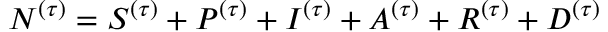
N ^ { ( \tau ) } = S ^ { ( \tau ) } + P ^ { ( \tau ) } + I ^ { ( \tau ) } + A ^ { ( \tau ) } + R ^ { ( \tau ) } + D ^ { ( \tau ) }